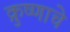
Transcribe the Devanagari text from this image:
क्रुष्णाचे